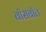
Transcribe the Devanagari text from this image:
बॉसबॉल